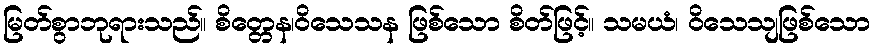
မြတ်စွာဘုရားသည်။ စိတ္တေန၊ဝိသေသန ဖြစ်သော စိတ်ဖြင့်။ သမယံ၊ ဝိသေသျဖြစ်သော